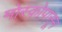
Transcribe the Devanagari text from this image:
मोस्कोपासून